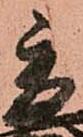
秀